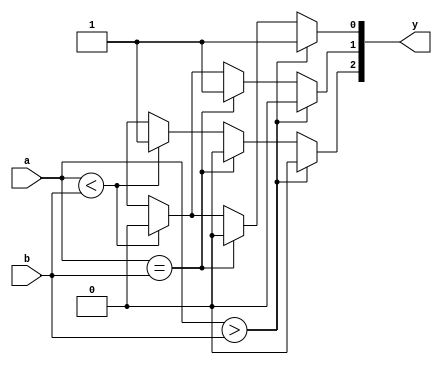
`timescale 1ns / 1ps
//////////////////////////////////////////////////////////////////////////////////
// Company: 
// Engineer: 
// 
// Design Name: 
// Module Name:    comparator_bh 
// Project Name: 
// Target Devices: 
// Tool versions: 
// Description: 
//
// Dependencies: 
//
// Revision: 
// Revision 0.01 - File Created
// Additional Comments: 
//
//////////////////////////////////////////////////////////////////////////////////
module comparator_bh(
    input [3:0] a,b,
    output reg [2:0] y
    );
always@(*)
begin
if(a>b) begin
y[0] = 1'b1; //y[0] indicates a>b
y[1] = 1'b0;
y[2] = 1'b0;
end
else if(a==b) begin
y[0] = 1'b0;
y[1] = 1'b1; //y[1] indicates a=b
y[2] = 1'b0;
end
else if(a<b) begin
y[0] = 1'b0;
y[1] = 1'b0;
y[2] = 1'b1; //y[2] indicates a>b
end
else begin
y[0] = 1'bx;
y[1] = 1'bx;
y[2] = 1'bx;
end
end
endmodule